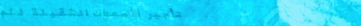
تأجير المعدات الثقيلة للم